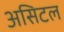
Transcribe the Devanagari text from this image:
असिटल